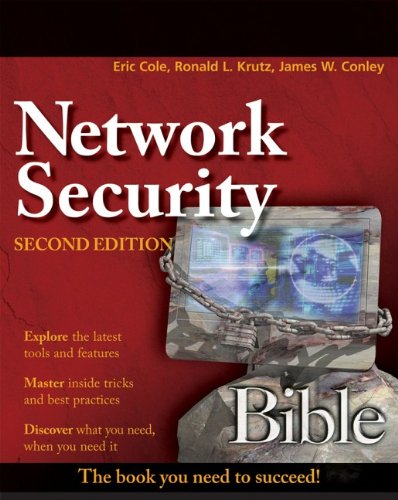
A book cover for Network Security Bible; Eric Cole; Computers & Technology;